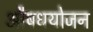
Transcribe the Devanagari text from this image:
औषधयोजन